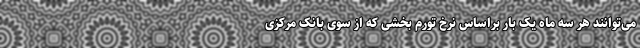
می‌توانند هر سه ماه یک بار براساس نرخ تورم بخشی که از سوی بانک مرکزی